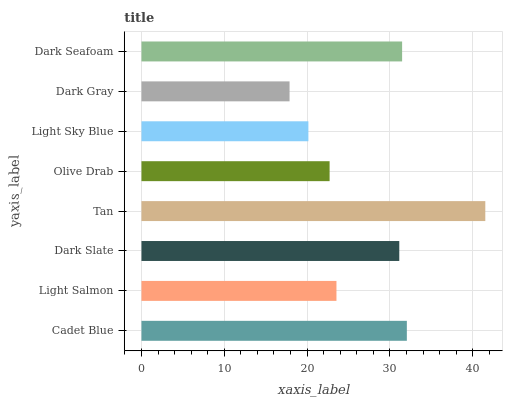
| yaxis_label | bars |
 | --- | --- |
 | Cadet Blue | 32 |
 | Light Salmon | 23.5 |
 | Dark Slate | 31.1 |
 | Tan | 41.5 |
 | Olive Drab | 22.7 |
 | Light Sky Blue | 20.2 |
 | Dark Gray | 17.9 |
 | Dark Seafoam | 31.5 |